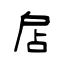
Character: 扂